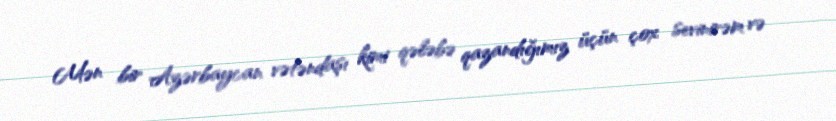
Mən bir Azərbaycan vətəndaşı kimi qələbə qazandığımız üçün çox sevinirəm və